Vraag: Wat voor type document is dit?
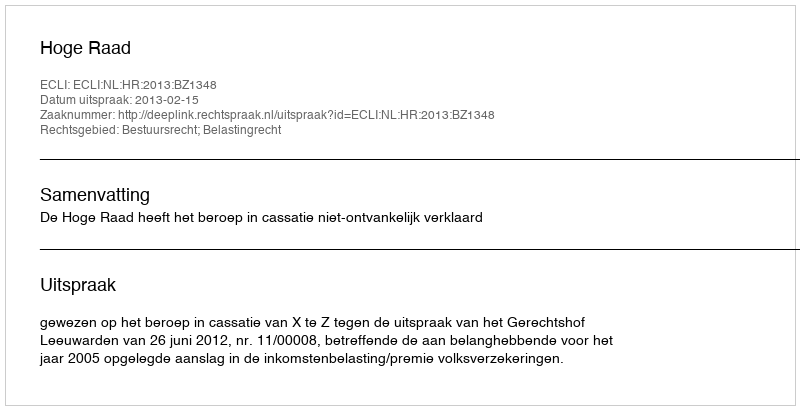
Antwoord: Uitspraak